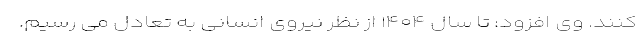
کنند. وی افزود: تا سال ۱۴۰۴ از نظر نیروی انسانی به تعادل می رسیم.